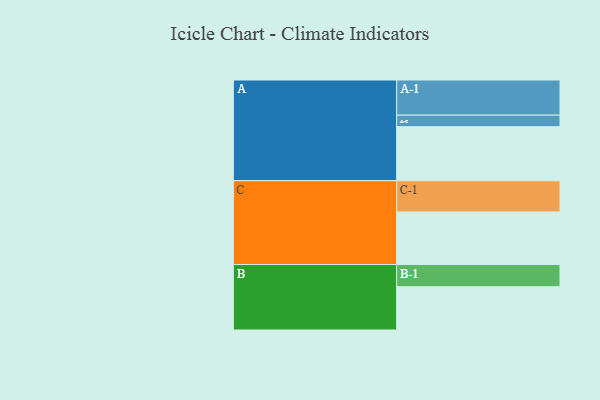
{"axis": {"x": "Segment", "y": "Value"}, "legend": ["", "A", "B", "C"], "data": [{"x": "A", "y": 440, "type": ""}, {"x": "B", "y": 352, "type": ""}, {"x": "C", "y": 428, "type": ""}, {"x": "A-1", "y": 286, "type": "A"}, {"x": "A-2", "y": 94, "type": "A"}, {"x": "B-1", "y": 181, "type": "B"}, {"x": "C-1", "y": 254, "type": "C"}]}